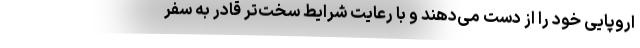
اروپایی خود را از دست می‌دهند و با رعایت شرایط سخت‌تر قادر به سفر